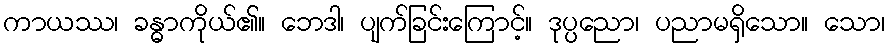
ကာယဿ၊ ခန္ဓာကိုယ်၏။ ဘေဒါ၊ ပျက်ခြင်းကြောင့်။ ဒုပ္ပညော၊ ပညာမရှိသော။ သော၊